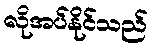
လိုအပ်နိုင်သည်